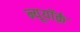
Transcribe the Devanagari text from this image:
न्यूयॉर्क़